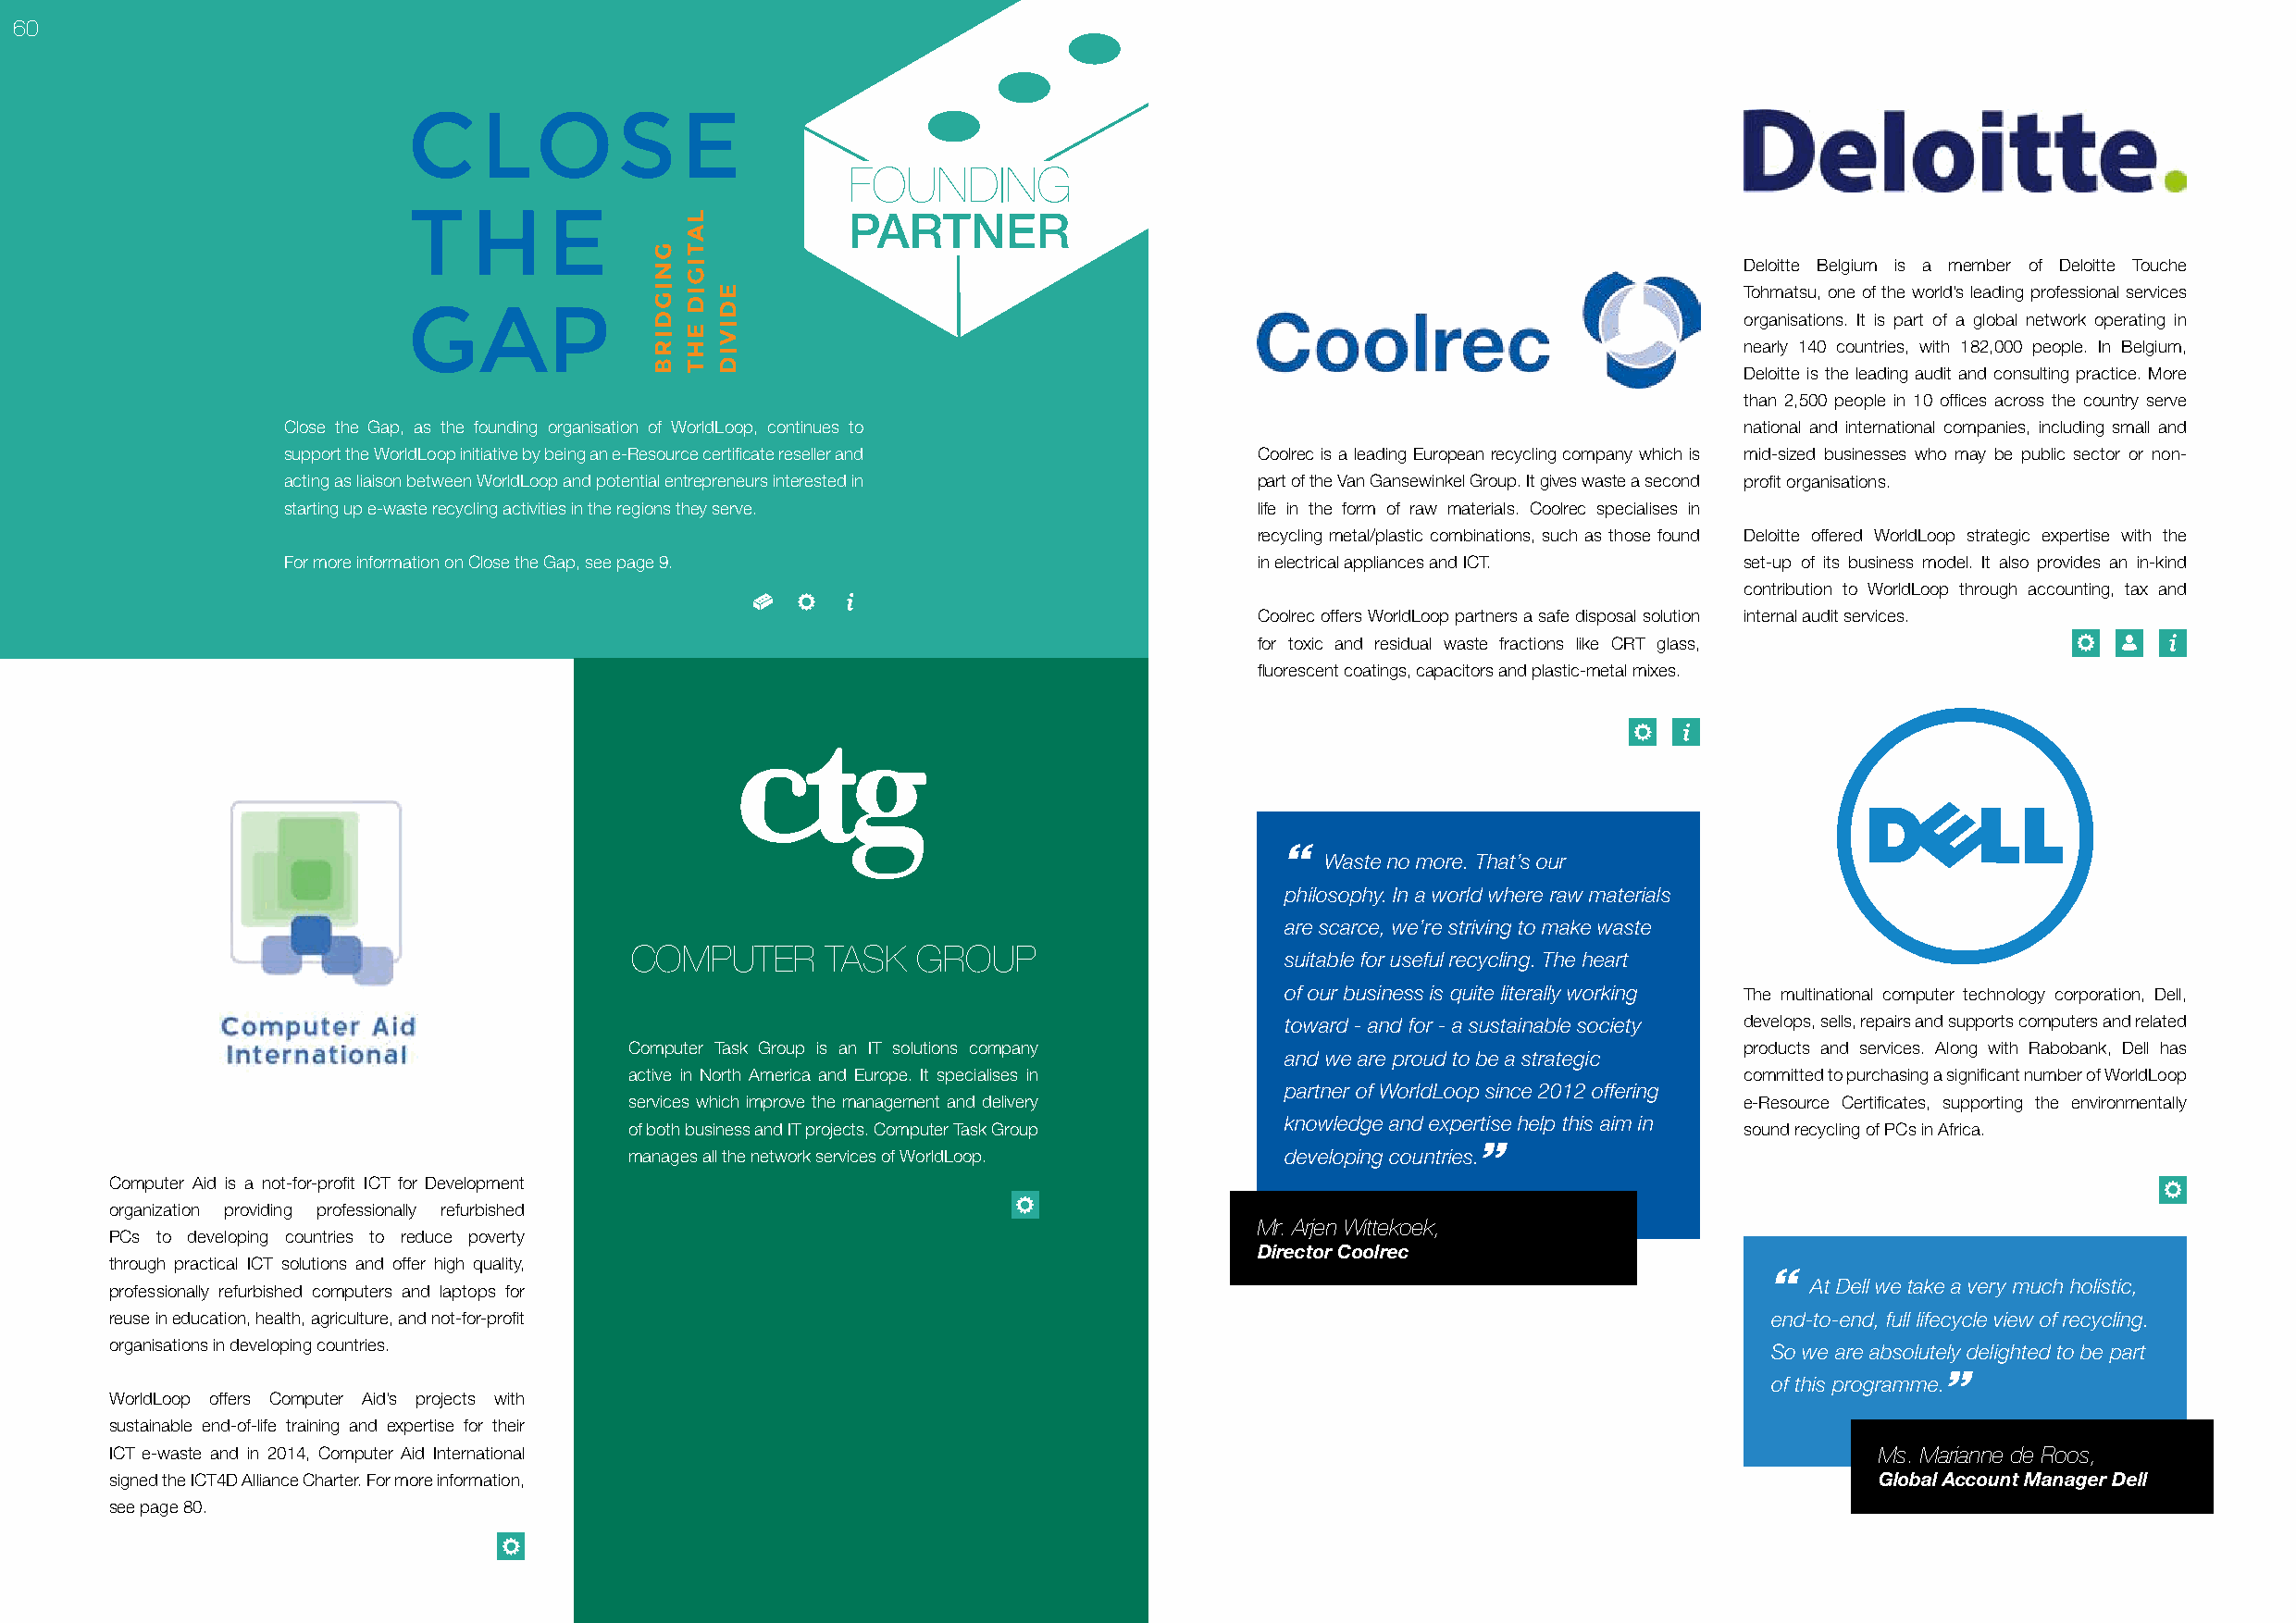
60
 FOUNDING
 PARTNER
 Deloitte Belgium is a member of Deloitte Touche
 Tohmatsu, one of the world’s leading professional services
 organisations. It is part of a global network operating in
 nearly 140 countries, with 182,000 people. In Belgium,
 Deloitte is the leading audit and consulting practice. More
 than 2,500 people in 10 offices across the country serve
 Close the Gap, as the founding organisation of WorldLoop, continues to                                   national and international companies, including small and
 support the WorldLoop initiative by being an e-Resource certificate reseller and Coolrec is a leading European recycling company which is mid-sized businesses who may be public sector or non-
 acting as liaison between WorldLoop and potential entrepreneurs interested in part of the Van Gansewinkel Group. It gives waste a second profit organisations.
 starting up e-waste recycling activities in the regions they serve.   life in the form of raw materials. Coolrec specialises in
 recycling metal/plastic combinations, such as those found Deloitte offered WorldLoop strategic expertise with the
 For more information on Close the Gap, see page 9.                    in electrical appliances and ICT.  set-up of its business model. It also provides an in-kind
 contribution to WorldLoop through accounting, tax and
 Coolrec offers WorldLoop partners a safe disposal solution internal audit services.
 for toxic and residual waste fractions like CRT glass,
 fluorescent coatings, capacitors and plastic-metal mixes.
 “
 Waste no more. That’s our
 philosophy. In a world where raw materials
 are scarce, we’re striving to make waste
 COMPUTER      TASK   GROUP
 suitable for useful recycling. The heart
 of our business is quite literally working The multinational computer technology corporation, Dell,
 toward - and for - a sustainable society develops, sells, repairs and supports computers and related
 Computer Task Group is an IT solutions company                                  products and services. Along with Rabobank, Dell has
 and we are proud to be a strategic
 active in North America and Europe. It specialises in                           committed to purchasing a significant number of WorldLoop
 partner of WorldLoop since 2012 offering
 services which improve the management and delivery                              e-Resource Certificates, supporting the environmentally
 knowledge and expertise help this aim in
 of both business and IT projects. Computer Task Group                           sound recycling of PCs in Africa.
 manages all the network services of WorldLoop. developing countries.”
 Computer Aid is a not-for-profit ICT for Development
 organization providing professionally refurbished
 Mr. Arjen Wittekoek,
 PCs to developing countries to reduce poverty
 Director Coolrec
 through practical ICT solutions and offer high quality,
 “
 At Dell we take a very much holistic,
 professionally refurbished computers and laptops for
 reuse in education, health, agriculture, and not-for-profit                                                            end-to-end, full lifecycle view of recycling.
 organisations in developing countries.                                                                                 So we are absolutely delighted to be part
 of this programme.”
 WorldLoop offers Computer Aid’s projects with
 sustainable end-of-life training and expertise for their
 ICT e-waste and in 2014, Computer Aid International                                                                           Ms. Marianne de Roos,
 signed the ICT4D Alliance Charter. For more information,                                                                      Global Account Manager Dell
 see page 80.